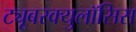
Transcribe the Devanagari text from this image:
ट्यूबरक्युलॉसिस